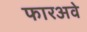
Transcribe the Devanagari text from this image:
फारअवे